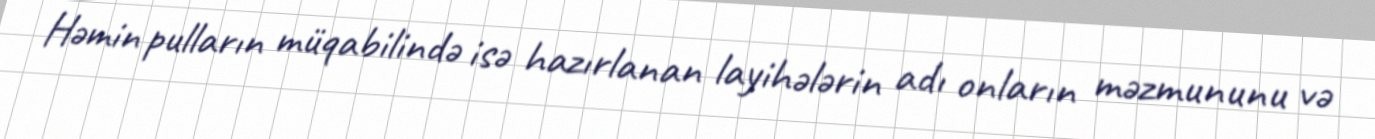
Həmin pulların müqabilində isə hazırlanan layihələrin adı onların məzmununu və